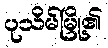
ပုသိမ်မြို့၏